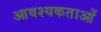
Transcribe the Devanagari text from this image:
आवश्यकताआें